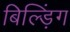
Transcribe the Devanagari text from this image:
बिल्ड़िंग